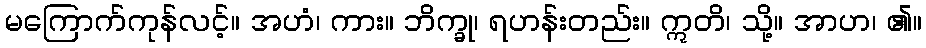
မကြောက်ကုန်လင့်။ အဟံ၊ ကား။ ဘိက္ခု၊ ရဟန်းတည်း။ ဣတိ၊ သို့။ အာဟ၊ ၏။